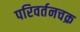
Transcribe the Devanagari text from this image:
परिवर्तनचक्र